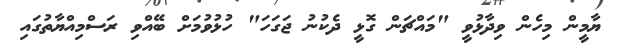
ޔާމީން މިހެން ވިދާޅުވީ "މައްޗަން ގޮޅީ ދެކުނު ޖަގަހަ" ހުޅުވުމަށް ބޭއްވި ރަސްމިއްޔާތުގައި